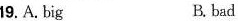
19. A.Big B. bad